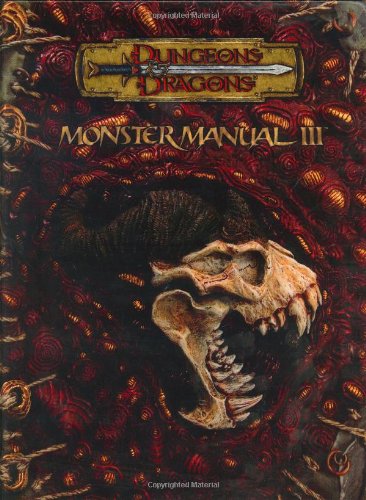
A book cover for Monster Manual III (Dungeons & Dragons d20 3.5 Fantasy Roleplaying Supplement) (No. 3); Wizards Of The Coast; Science Fiction & Fantasy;